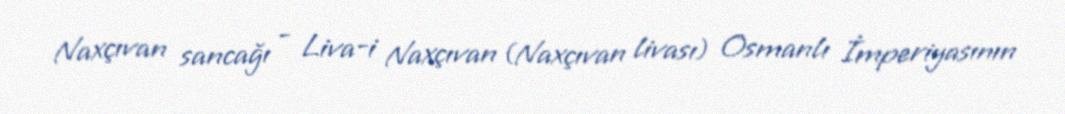
Naxçıvan sancağı - Liva-i Naxçıvan (Naxçıvan livası) Osmanlı İmperiyasının